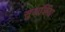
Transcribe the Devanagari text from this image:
सुअर्शिया